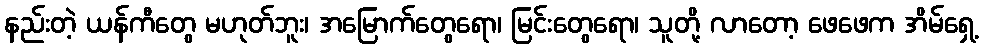
နည်းတဲ့ ယန်ကီတွေ မဟုတ်ဘူး၊ အမြောက်တွေရော၊ မြင်းတွေရော၊ သူတို့ လာတော့ ဖေဖေက အိမ်ရှေ့